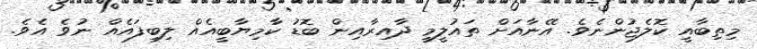
މިތިބާއީ ކޮލެޖުންނެވެ. އޭނާއަށް ތައުލީމީ ދާއިރާއިން ބޮޑު ކާމިޔާބީއެއް ލިބިފައެއް ނުވެ އެވެ.